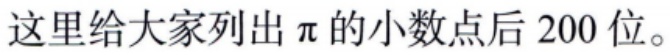
这里给大家列出$\pi$的小数点后 200 位。